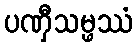
ပဏှီသမ္ဖဿံ